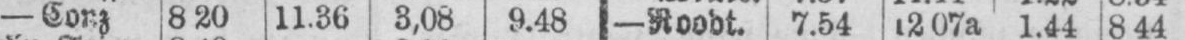
- Conz 8.20 11.36 3,08 9.48 - Roodt. 7.54 12.07a 1.44 8.44